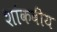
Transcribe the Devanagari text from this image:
शांकवीय